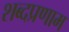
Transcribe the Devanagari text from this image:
शब्दप्रणाम